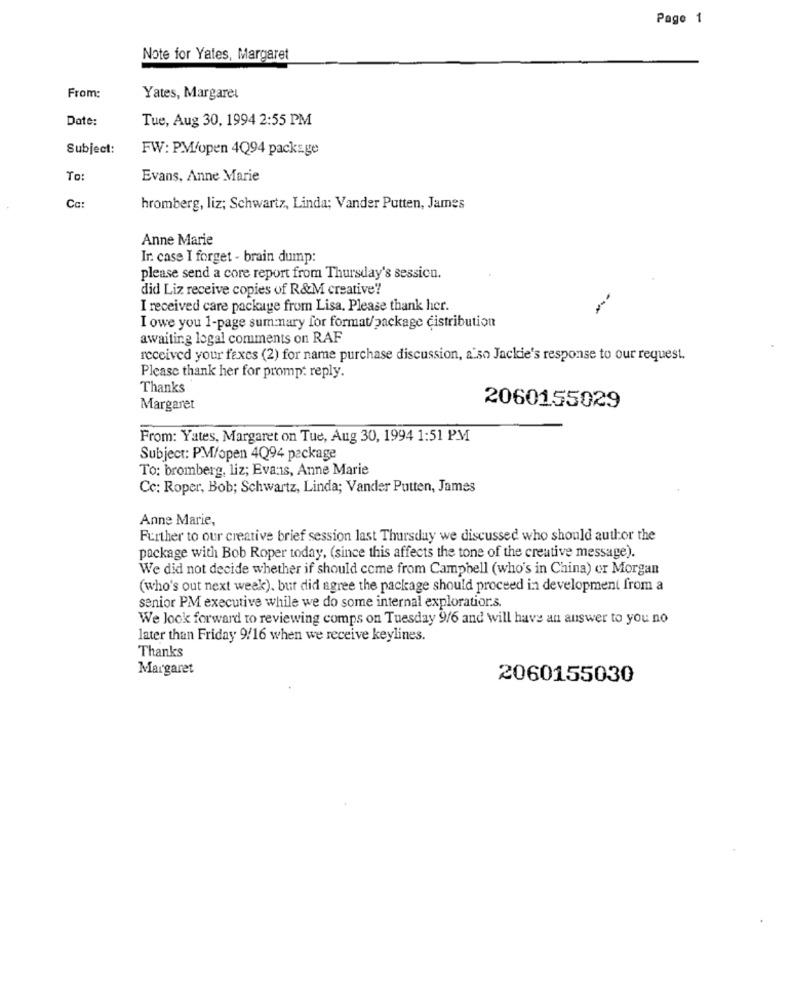
Page 1
Note for Yales, Margaret
From:
Yates, Margaret
Date:
Tue, Aug 30, 1994 2:55 PM
Subject:
FW: PM/open 4Q94 packsge
To
Evans, Anne Marie
Ca:
hromberg, liz; Schwartz, Linda; Vander Putten, James
Anne Marie
In case I forget - brain dump:
please send a core report from Thursday's session.
did Liz receive copies of R&M creative?
I received care package from Lisa. Please thank her.
I owe you 1-page summary for format/package distribution
awaiting logal comments on RAF
received your fexes (2) for name purchase discussion, a so Jackie's response to our request.
Please thank her for prompt reply.
Thanks
Margaret
2060155029
From: Yates, Margaret on Tue, Aug 30, 1994 1:51 PM
Subject: PM/open 4Q94 package
To: bromberg, liz; Evans, Anne Marie
Cc: Roper, Bob; Schwartz, Linda; Vander Putten, James
Anne Marie,
Further to our creative brief session last Thursday we discussed who should author the
package with Bob Roper today, (since this affects the tone of the creative message).
We did not decide whether if should come from Campbell (who's in China) or Morgan
(who's out next week). but did agree the package should proceed in development from a
senior PM executive while we do some internal exploration.s.
We look forward to reviewing comps on Tuesday 9/6 and will have an answer to you no
later than Friday 9/16 when we receive keylines.
Thanks
Margaret
2060155030